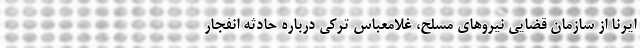
ایرنا از سازمان قضایی نیروهای مسلح، غلامعباس ترکی درباره حادثه انفجار